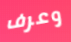
وعرف